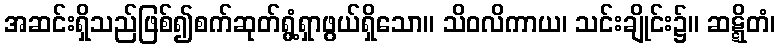
အဆင်းရှိသည်ဖြစ်၍စက်ဆုတ်ရွံ့ရှာဖွယ်ရှိသော။ သိဝလိကာယ၊ သင်းချိုင်း၌။ ဆဋ္ဋိတံ၊